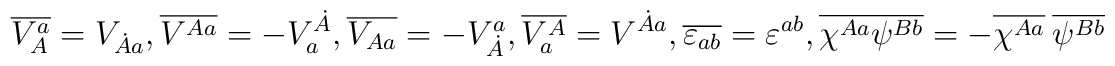
\overline{V^a_A}=V_{\dot A a}, \overline{V^{A a}}=-V^{\dot A}_a,\overline{V_{A a}}=-V_{\dot A}^a, \overline{V_a^A}=V^{\dot A a}, \overline{\varepsilon_{ab}}=\varepsilon^{a b}, \overline{\chi^{Aa} \psi^{Bb}}= -\overline{\chi^{Aa}} \ \overline{\psi^{Bb}}